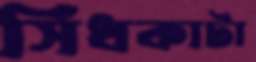
সিঁধকাটা